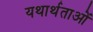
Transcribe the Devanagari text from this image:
यथार्थताओं